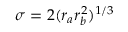
\sigma = 2 ( r _ { a } r _ { b } ^ { 2 } ) ^ { 1 / 3 }